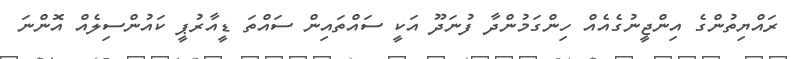
ރައްޔިތުންގެ އިންޖީނުގެއެއް ހިންގަމުންދާ ފުނަދޫ އަކީ ސައްތައިން ސައްތަ ޑީއާރުޕީ ކައުންސިލެއް އޮންނަ